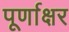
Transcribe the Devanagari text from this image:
पूर्णाक्षर